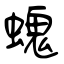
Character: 螝